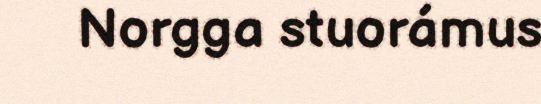
Norgga stuorámus